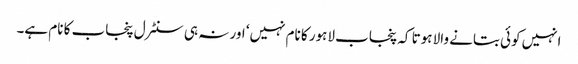
انہیں کوئی بتانے والا ہوتا کہ پنجاب لاہور کا نام نہیں‘ اور نہ ہی سنٹرل پنجاب کا نام ہے۔